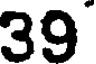
39